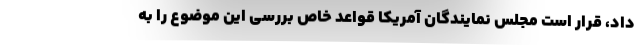
داد، قرار است مجلس نمایندگان آمریکا قواعد خاص بررسی این موضوع را به